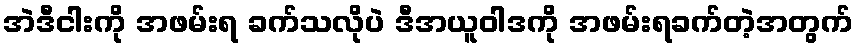
အဲဒီငါးကို အဖမ်းရ ခက်သလိုပဲ ဒီအယူဝါဒကို အဖမ်းရခက်တဲ့အတွက်